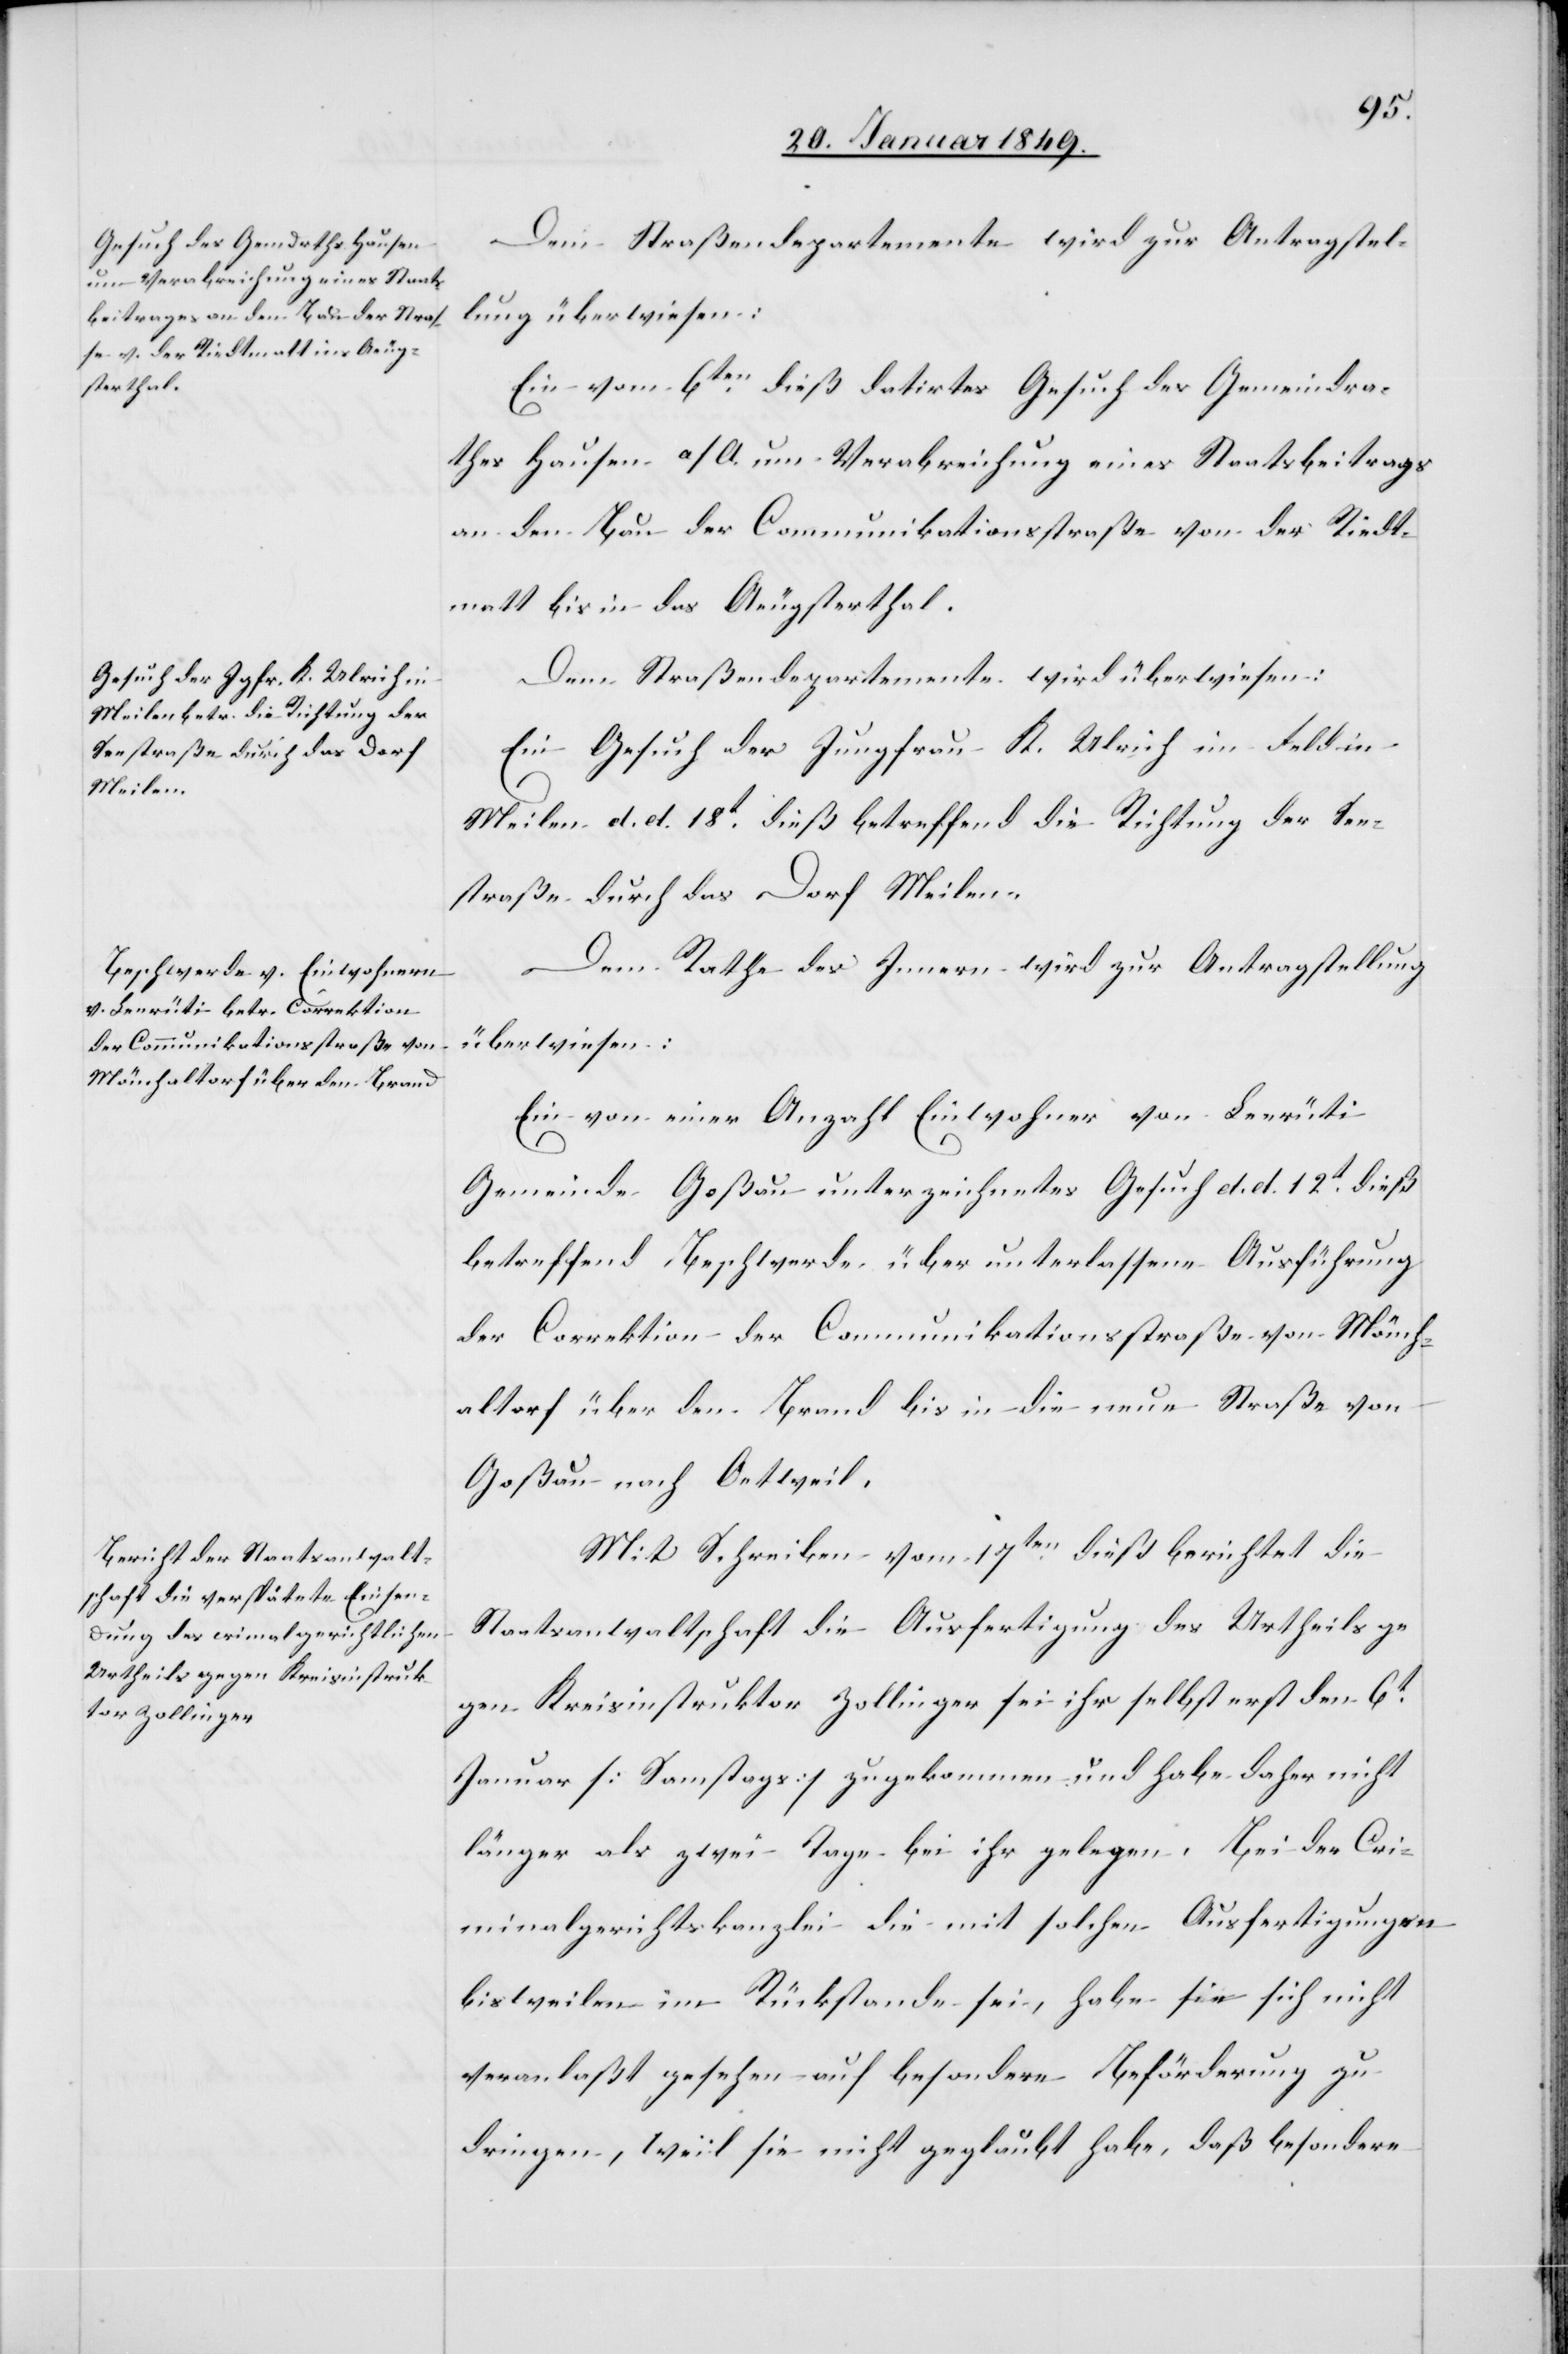
Dem Straßendepartemente wird zur Antragstel¬
lung überwiesen:
Ein vom 6ten. dieß datirtes Gesuch des Gemeindra¬
thes Hausen a/A. um Verabreichung eines Staatsbeitrags
an den Bau der Communikationsstraße von der Riedt¬
matt bis in das Aeugsterthal.
Dem Straßendepartemente wird überwiesen:
Ein Gesuch der Jungfrau K. Ulrich im Feld in
Meilen d. d. 18t. dieß betreffend die Richtung der See¬
straße durch das Dorf Meilen.
Dem Rathe des Innern wird zur Antragstellung
überwiesen:
Ein von einer Anzahl Einwohner von Leerüti
Gemeinde Goßau unterzeichnetes Gesuch d. d. 12t. dieß
betreffend Beschwerde über unterlassene Ausführung
der Correktion der Communikationsstraße von Mönch¬
altorf über den Brand bis in die neue Straße von
Goßau nach Oetweil.
Mit Schreiben vom 17ten. dieß berichtet die
Staatsanwaltschaft die Ausfertigung des Urtheils ge¬
gen Kreisinstruktor Zollinger sei ihr selbst erst den 6t.
Januar [Samstags] zugekommen und habe daher nicht
länger als zwei Tage bei ihr gelegen. Bei der Cri¬
minalgerichtskanzlei die mit solchen Ausfertigungen
bisweilen im Rückstande sei, habe sie sich nicht
veranlaßt gesehen auf besondere Beförderung zu
dringen, weil sie nicht geglaubt habe, daß besondere